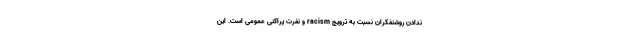
ندادنِ روشنفکران نسبت به ترویجِ racism و نفرت پراکنیِ عمومی است. این